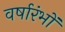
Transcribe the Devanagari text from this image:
वर्षारंभों